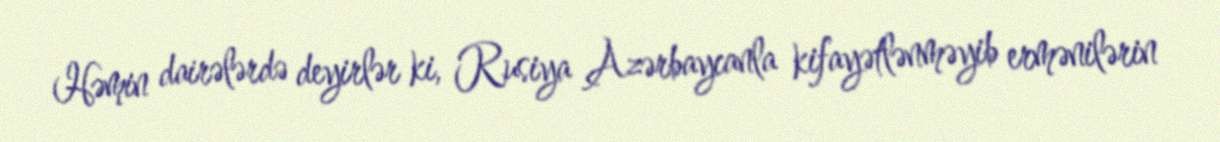
Həmin dairələrdə deyirlər ki, Rusiya Azərbaycanla kifayətlənməyib ermənilərin